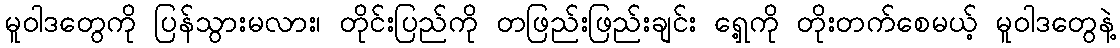
မူဝါဒတွေကို ပြန်သွားမလား၊ တိုင်းပြည်ကို တဖြည်းဖြည်းချင်း ရှေ့ကို တိုးတက်စေမယ့် မူဝါဒတွေနဲ့